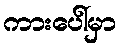
ကားပေါ်မှာ